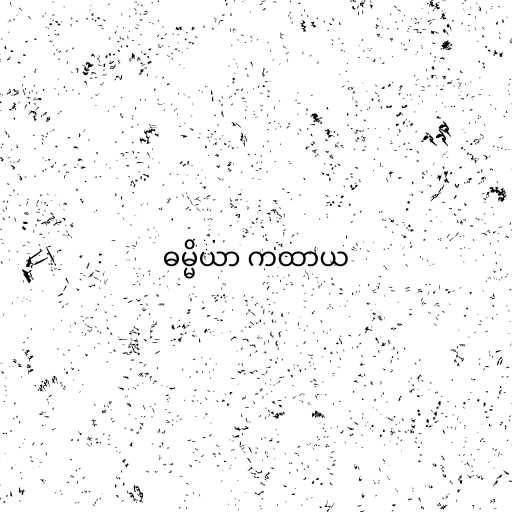
ဓမ္မိယာ ကထာယ